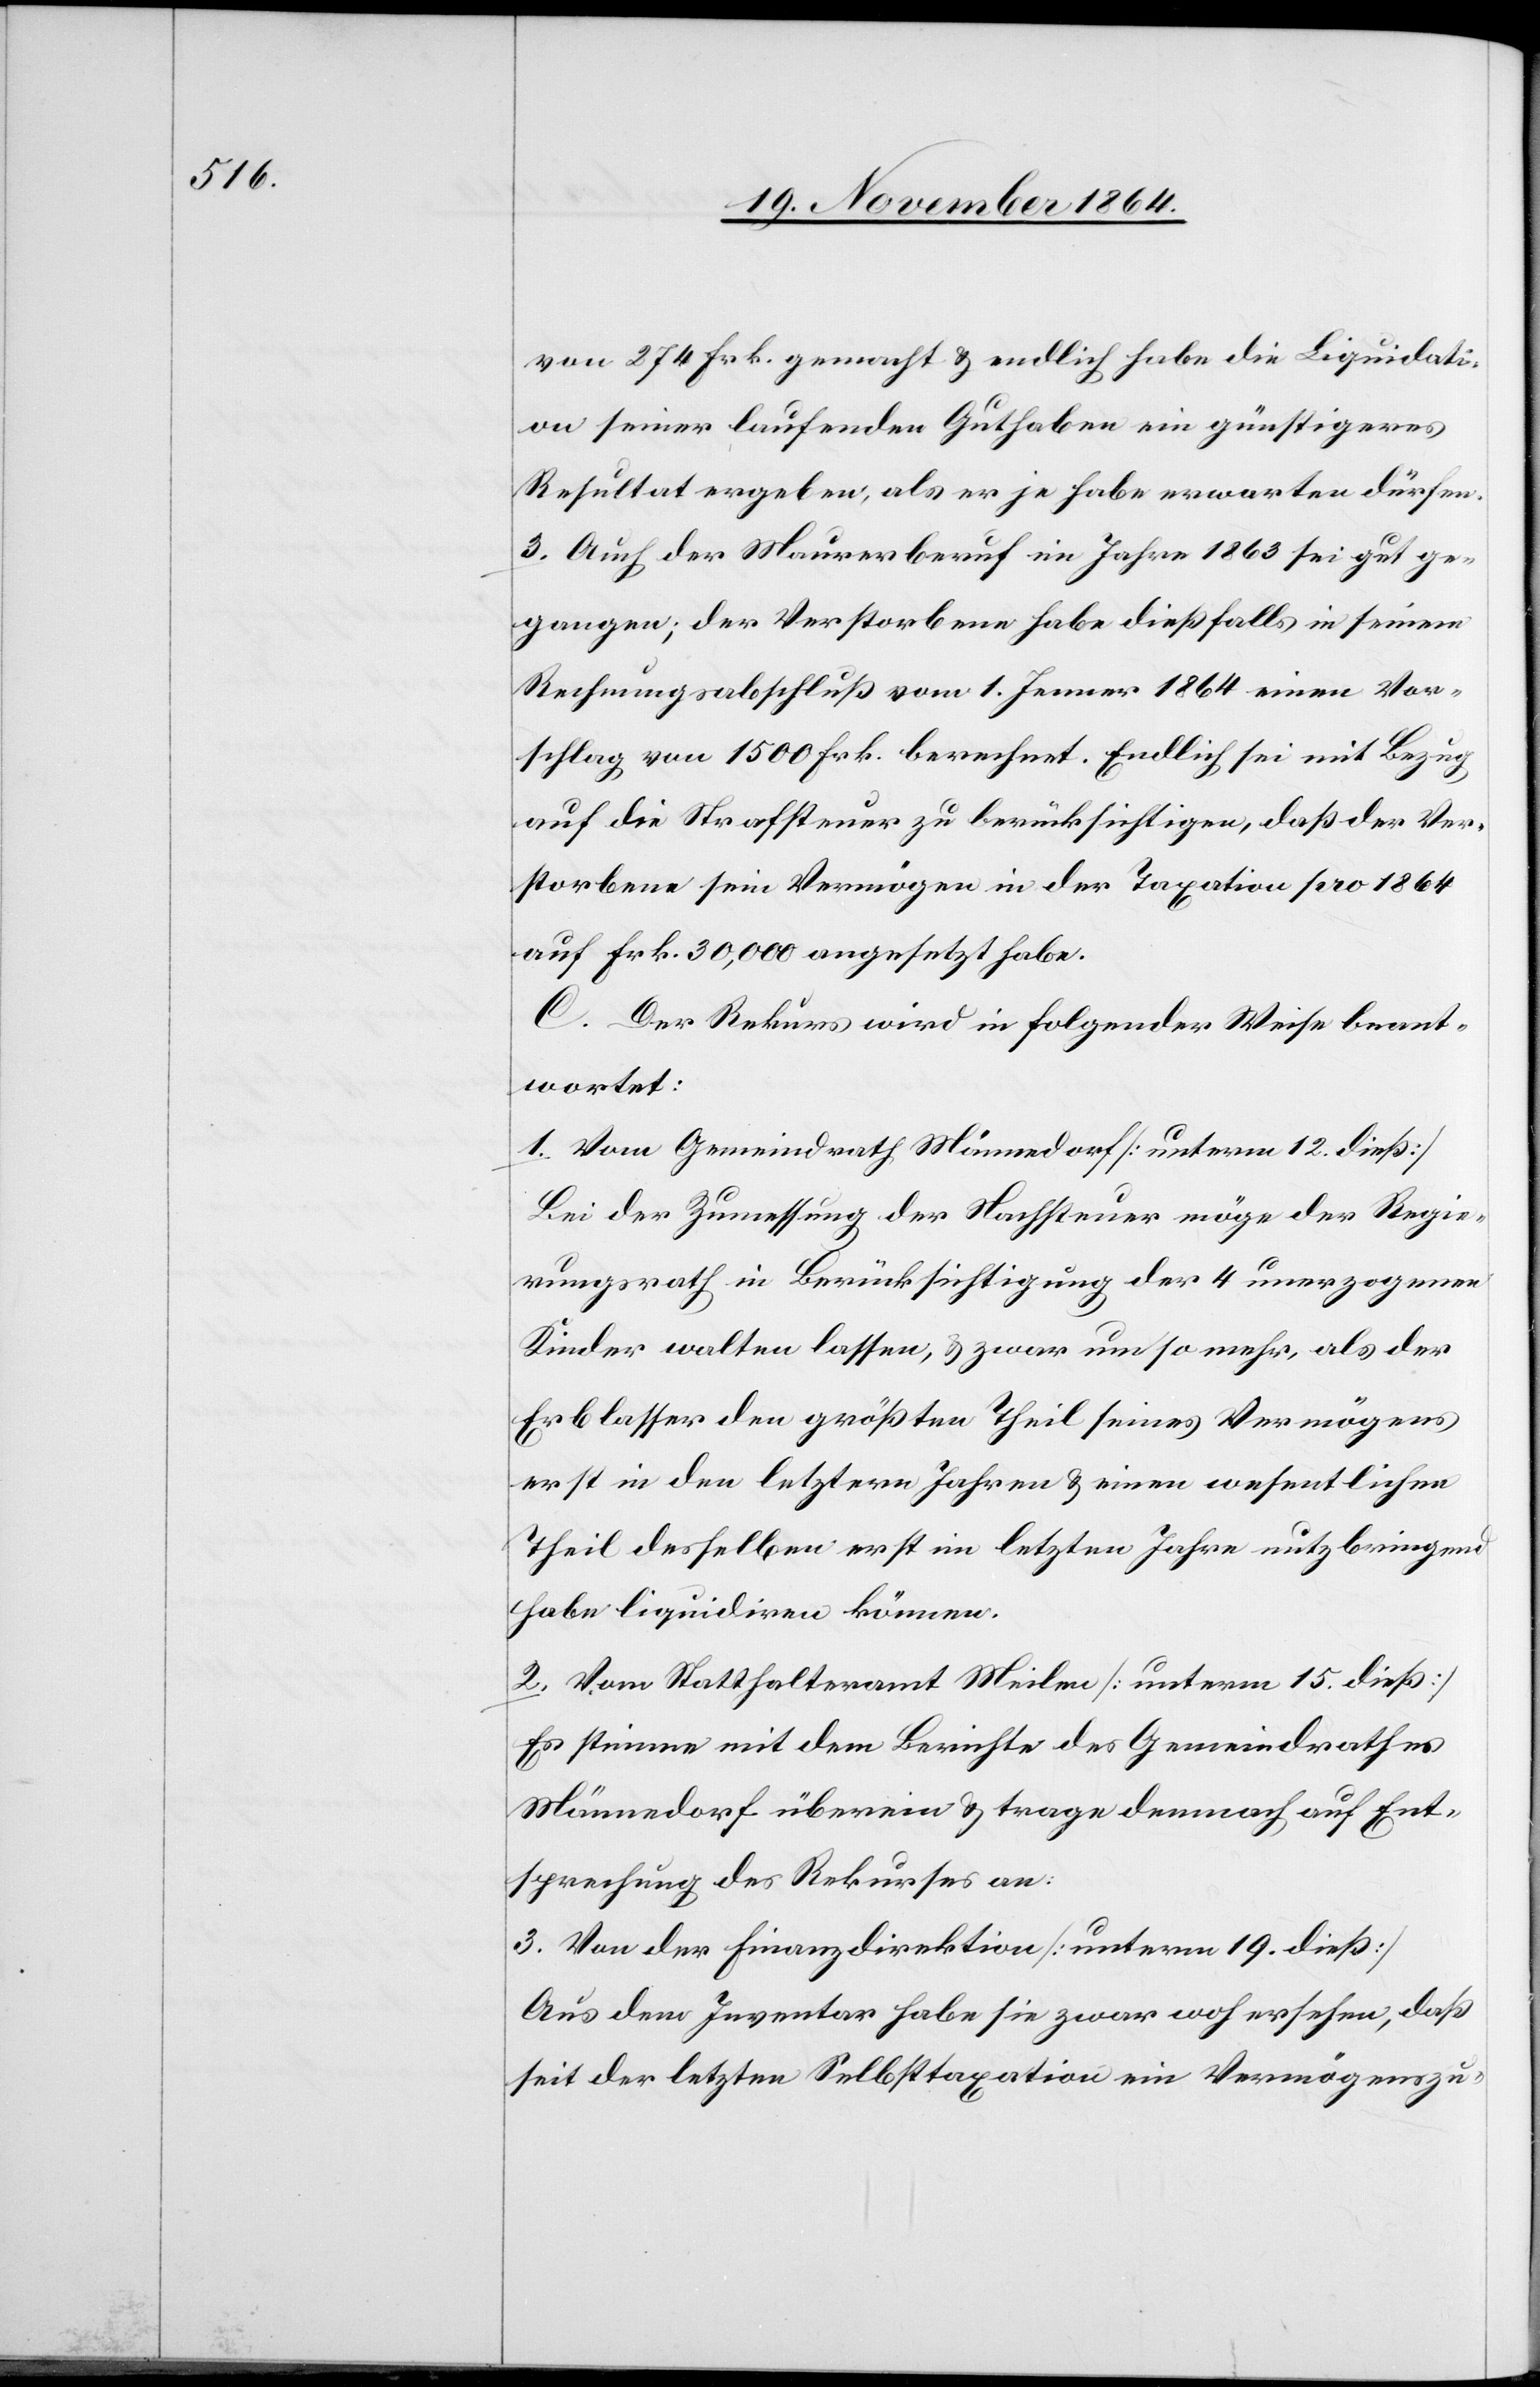
von 274 Frk. gemacht & endlich habe die Liquidati¬
on seiner laufenden Guthaben ein günstigeres
Resultat ergeben, als er je habe erwarten dürfen.
3. Auch der Maurerberuf im Jahre 1863 sei gut ge¬
gangen; der Verstorbene habe dießfalls in seinem
Rechnungsabschluß vom 1. Jenner 1864 einen Vor¬
schlag von 1500 Frk. berechnet. Endlich sei mit Bezug
auf die Strafsteuer zur berücksichtigen, daß der Ver¬
storbene sein Vermögen in der Taxation pro 1864
auf Frk. 30,000 angesetzt habe.
C. Der Rekurs wird in folgender Weise beant¬
wortet:
1. Vom Gemeindrath Männedorf [unterm 12. dieß]
Bei der Zumessung der Nachsteuer möge der Regie¬
rungsrath in Berücksichtigung der 4 unerzogenen
Kinder walten lassen, & zwar um so mehr, als der
Erblasser der größte Theil seines Vermögens
erst in den letzten Jahren & einen wesentlichen
Theil desselben erst im letzten Jahre nutzbringend
habe liquidiren können.
2. Vom Statthalteramt Meilen [unterm 15. dieß]
Es stimme mit dem Berichte des Gemeindrathes
Männedorf überein & trage demnach auf Ent¬
sprechung des Rekurses an.
3. Von der Finanzdirektion [unterm 19. dieß]
Aus dem Inventar habe sie zwar woh[l] ersehen, daß
seit der letzten Selbsttaxation ein Vermögenszu-